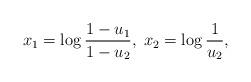
LaTeX: \begin{align*}x_1=\log\frac{1-u_1}{1-u_2}, \; x_2=\log\frac{1}{u_2},\end{align*}